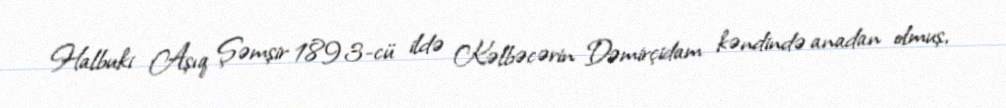
Halbuki Aşıq Şəmşir 1893-cü ildə Kəlbəcərin Dəmirçidam kəndində anadan olmuş,